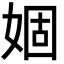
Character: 婟